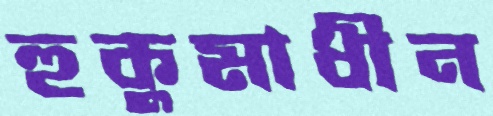
হুকুমাধীন